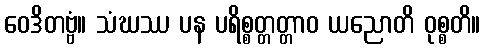
ဝေဒိတဗ္ဗံ။ သံဃဿ ပန ပရိစ္စတ္တတ္တာဝ ယညောတိ ဝုစ္စတိ။